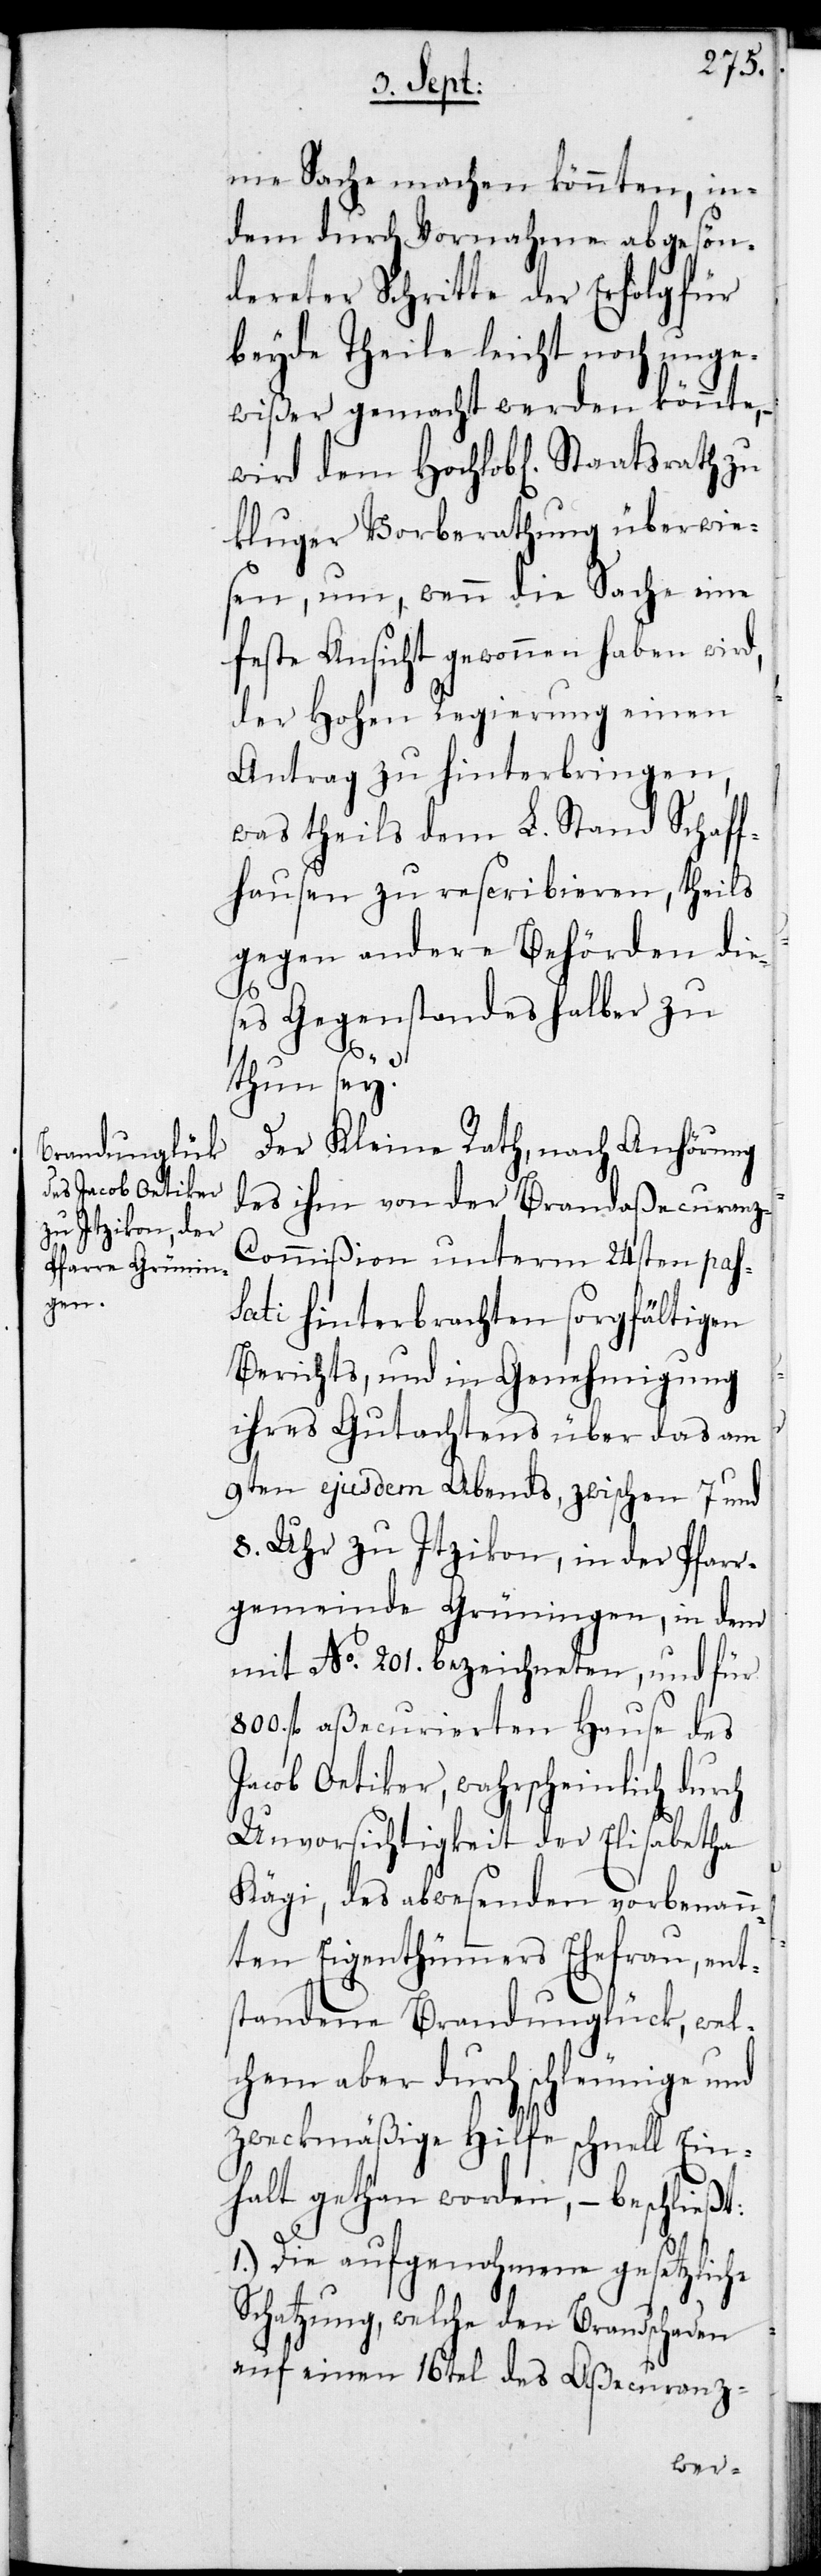
me Sache machen könnten, in¬
dem durch Vornahme abgesön¬
dereter Schritte der Erfolg für
beyde Theile leicht noch unge¬
wißer gemacht werden könnte, –
kluger Vorberathung überwie¬
sen, um, wenn die Sache eine
feste Ansicht gewonnen haben wird,
der Hohen Regierung einen
Antrag zu hinterbringen,
was theils dem L. Stand Schaff¬
hausen zu rescribieren, theils
gegen andere Behörden dies¬
es Gegenstandes halber zu
wird
thun sey?
Der Kleine Rath, nach Anhörung
des ihm von der Brandaßekcuran¬
z-Commißion unterm 24sten pas¬
sati hinterbrachten sorgfältigen
Berichts, und in Genehmigung
ihres Gutachtens über das am
9ten ejusdem Abends, zwischen 7 und
8. Uhr zu Itzikon, in der Pfarr¬
gemeinde Grüningen, in dem
mit No. 201. bezeichneten, und für
800. fl. aßecurierten Hause des
Jacob Oetiker, wahrscheinlich durch
Unvorsichtigkeit der Elisabetha
Kägi, des abwesenden vorbenann¬
ten Eigenthümmers Ehefrau, ent¬
standene Brandunglück, wel¬
chem aber durch schleunige und
zweckmäßige Hilfe schnell Ein¬
halt gethan worden, – beschließt:
1.) Die aufgenohmene gesetzliche
Schatzung, welche den Brandschaden
auf einen 16tel des Aßecuranz-